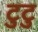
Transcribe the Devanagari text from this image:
टुटु